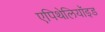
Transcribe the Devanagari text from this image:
एपिथेलियॉइड